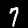
Label: 7